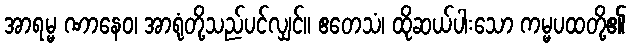
အာရမ္မ ဏာနေဝ၊ အာရုံတို့သည်ပင်လျှင်။ ဧတေသံ၊ ထိုဆယ်ပါးသော ကမ္မပထတို့၏